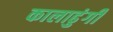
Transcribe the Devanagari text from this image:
कालाढुंगी